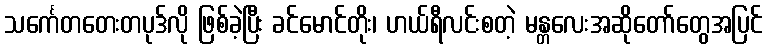
သင်္ကေတတေးတပုဒ်လို ဖြစ်ခဲ့ပြီး ခင်မောင်တိုး၊ ဟယ်ရီလင်းစတဲ့ မန္တလေးအဆိုတော်တွေအပြင်